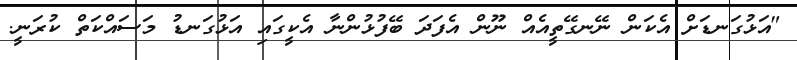
"އަޅުގަނޑަށް އެކަން ނޭނގޭތީއެއް ނޫން އެފަދަ ބޭފުޅުންނާ އެކީގައި އަޅުގަނޑު މަސައްކަތް ކުރަނީ.